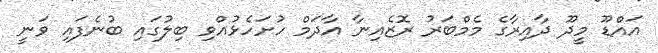
އައްޑޫ މީދޫ ދާއިރާގެ މެމްބަރު ރޮޒެއިނާ އާދަމް ހުށަހެޅުއްވި ބިލުގައި ބުނެފައި ވަނީ